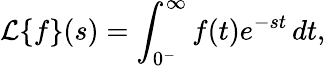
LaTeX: {\mathcal{L}}\{ f\} (s)=\int_{0^{-}}^{\infty}f(t)e^{-st}\, dt,